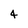
Character: 4